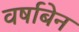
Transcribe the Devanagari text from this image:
वर्षाबेन